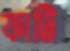
ফাটি